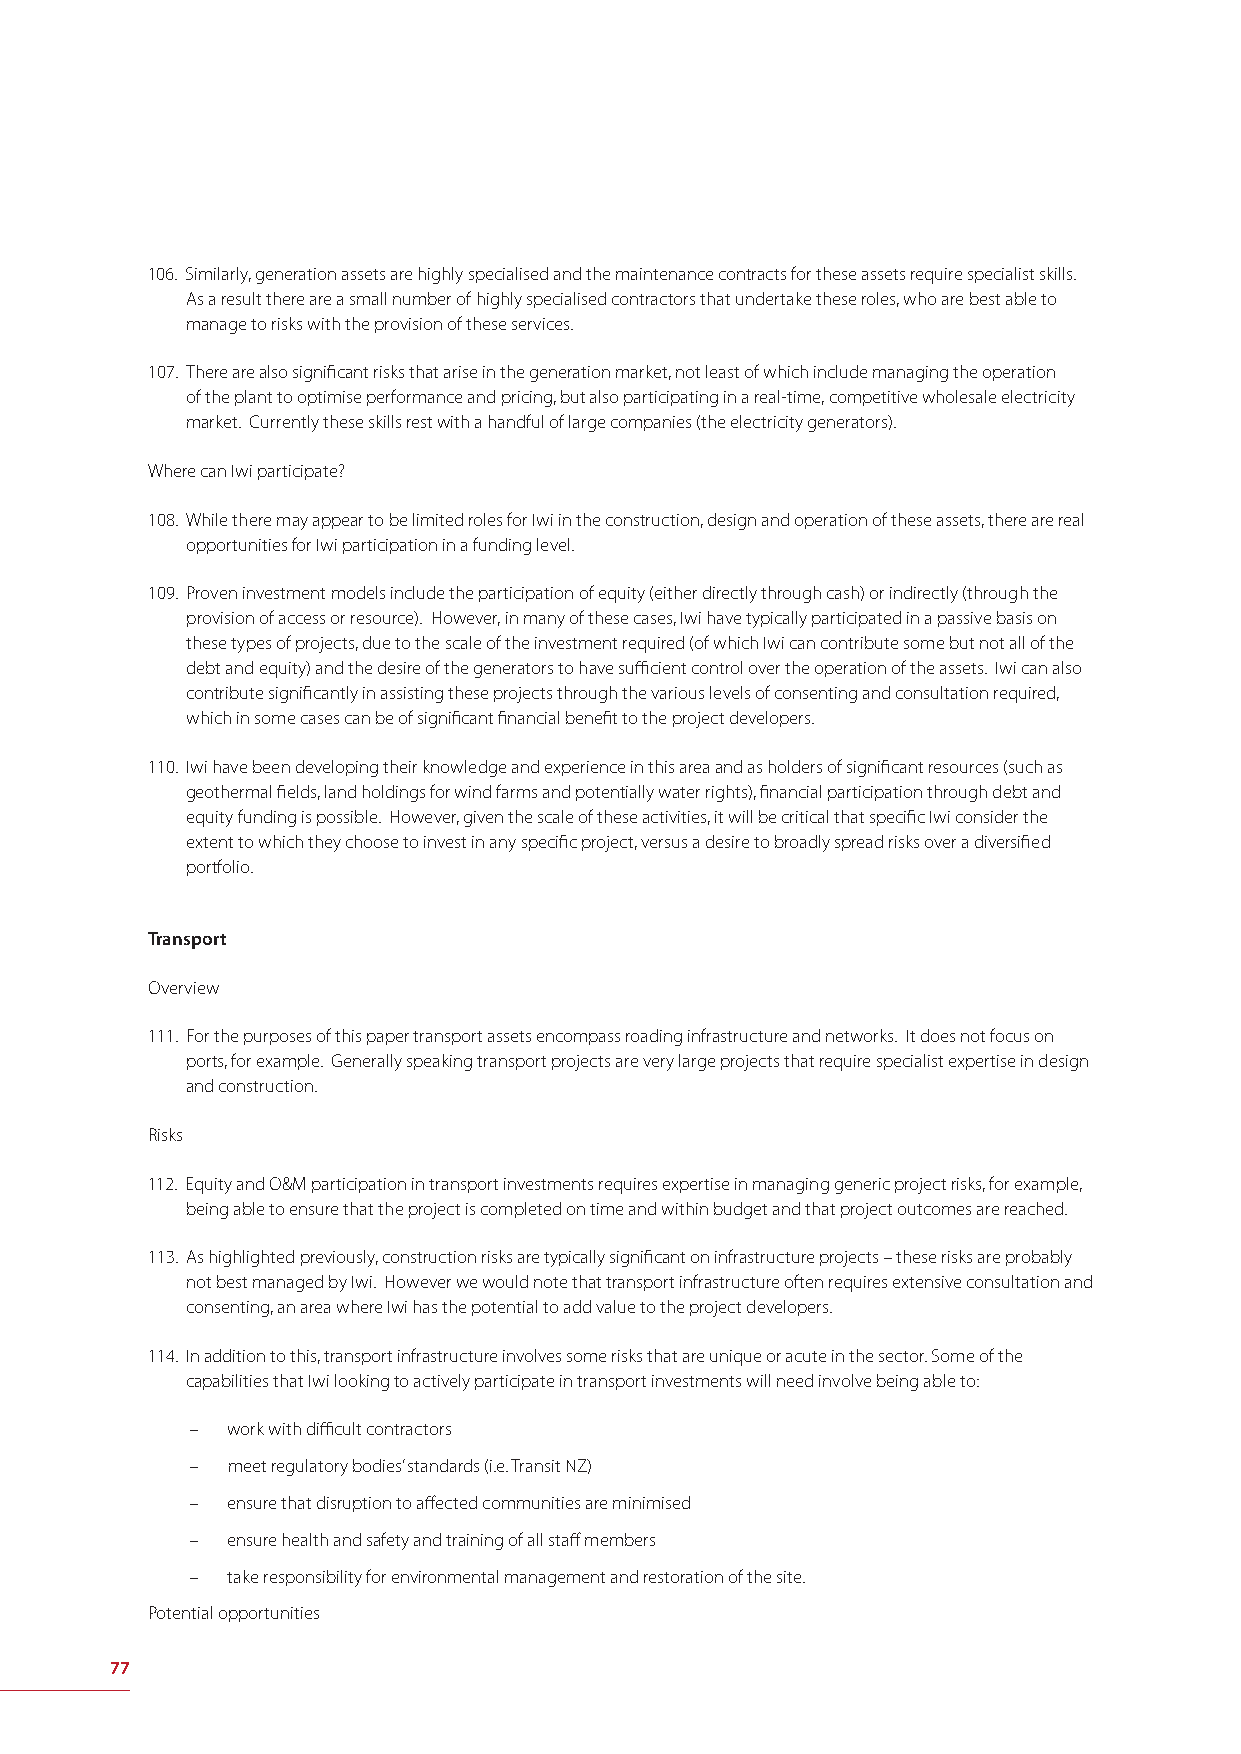
106. Similarly, generation assets are highly specialised and the maintenance contracts for these assets require specialist skills.
 As a result there are a small number of highly specialised contractors that undertake these roles, who are best able to
 manage to risks with the provision of these services.
 107. There are also signifi cant risks that arise in the generation market, not least of which include managing the operation
 of the plant to optimise performance and pricing, but also participating in a real-time, competitive wholesale electricity
 market. Currently these skills rest with a handful of large companies (the electricity generators).
 Where can Iwi participate?
 108. While there may appear to be limited roles for Iwi in the construction, design and operation of these assets, there are real
 opportunities for Iwi participation in a funding level.
 109. Proven investment models include the participation of equity (either directly through cash) or indirectly (through the
 provision of access or resource). However, in many of these cases, Iwi have typically participated in a passive basis on
 these types of projects, due to the scale of the investment required (of which Iwi can contribute some but not all of the
 debt and equity) and the desire of the generators to have suffi cient control over the operation of the assets. Iwi can also
 contribute signifi cantly in assisting these projects through the various levels of consenting and consultation required,
 which in some cases can be of signifi cant fi nancial benefi t to the project developers.
 110. Iwi have been developing their knowledge and experience in this area and as holders of signifi cant resources (such as
 geothermal fi elds, land holdings for wind farms and potentially water rights), fi nancial participation through debt and
 equity funding is possible. However, given the scale of these activities, it will be critical that specifi c Iwi consider the
 extent to which they choose to invest in any specifi c project, versus a desire to broadly spread risks over a diversifi ed
 portfolio.
 Transport
 Overview
 111. For the purposes of this paper transport assets encompass roading infrastructure and networks. It does not focus on
 ports, for example. Generally speaking transport projects are very large projects that require specialist expertise in design
 and construction.
 Risks
 112. Equity and O&M participation in transport investments requires expertise in managing generic project risks, for example,
 being able to ensure that the project is completed on time and within budget and that project outcomes are reached.
 113. As highlighted previously, construction risks are typically signifi cant on infrastructure projects – these risks are probably
 not best managed by Iwi. However we would note that transport infrastructure often requires extensive consultation and
 consenting, an area where Iwi has the potential to add value to the project developers.
 114. In addition to this, transport infrastructure involves some risks that are unique or acute in the sector. Some of the
 capabilities that Iwi looking to actively participate in transport investments will need involve being able to:
 – work with diffi cult contractors
 – meet regulatory bodies’ standards (i.e. Transit NZ)
 – ensure that disruption to aff ected communities are minimised
 – ensure health and safety and training of all staff members
 – take responsibility for environmental management and restoration of the site.
 Potential opportunities
 77